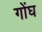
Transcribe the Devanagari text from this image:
गोंघ